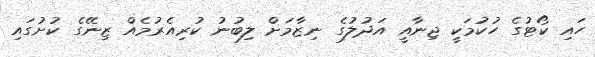
ހައި ކޯޓުގެ ހުކުމަކީ ޖިނާއީ އަދުލުގެ ނިޒާމަށް ލިބުނު ކުރިއެރުމެއް ޒިނޭގެ ކުށުގައި